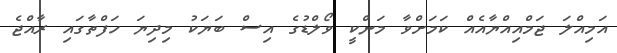
އަމިއްލަ ޖަމްއިއްޔާއެއް ކަމަށްވާ މަންކީ ވޯލްޑުގެ އިސް ބަޔަކު މިދިޔަ ހަފްތާގައި ރާއްޖެ